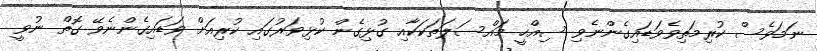
ނަމަވެސް ކުރިމަތިވެވަޑައިގެންނެވި ސިއްހީ މައްސަލަތަކަކާއި ގުޅިގެން ކުޅިވަރުގައި ކުރިއަށް ވަޑައިގެންނެވޭ ގޮތް ނުވީ